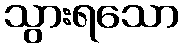
သွားရသော